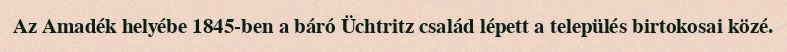
Az Amadék helyébe 1845-ben a báró Üchtritz család lépett a település birtokosai közé.